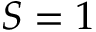
S = 1